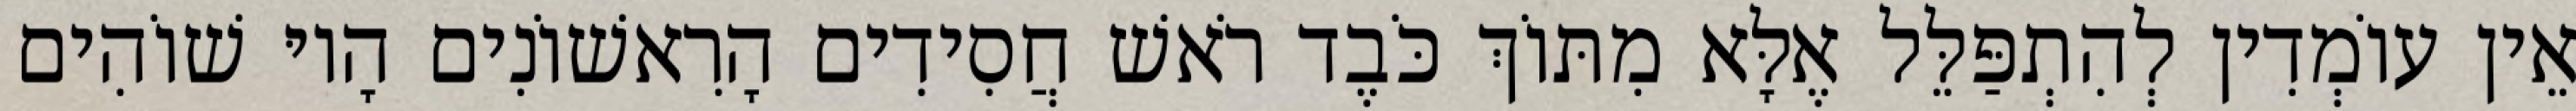
אֵין עוֹמְדִין לְהִתְפַּלֵּל אֶלָּא מִתּוֹךְ כֹּבֶד רֹאשׁ חֲסִידִים הָרִאשׁוֹנִים הָיוּ שׁוֹהִים